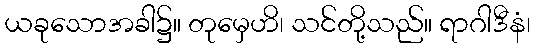
ယခုသောအခါ၌။ တုမှေဟိ၊ သင်တို့သည်။ ရာဂါဒီနံ၊